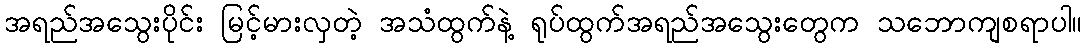
အရည်အသွေးပိုင်း မြင့်မားလှတဲ့ အသံထွက်နဲ့ ရုပ်ထွက်အရည်အသွေးတွေက သဘောကျစရာပါ။